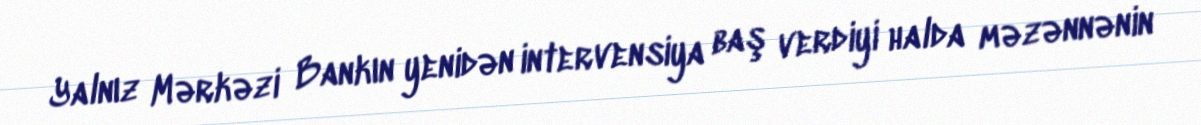
Yalnız Mərkəzi Bankın yenidən intervensiya baş verdiyi halda məzənnənin